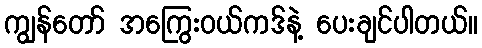
ကျွန်တော် အကြွေးဝယ်ကဒ်နဲ့ ပေးချင်ပါတယ်။